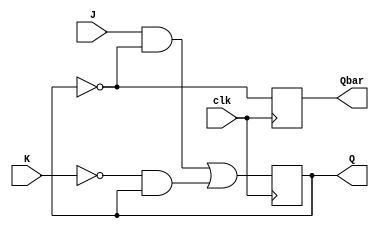
`timescale 1ns / 1ps
//////////////////////////////////////////////////////////////////////////////////
// Company: 
// Engineer: 
// 
// Design Name: 
// Module Name: JK
// Project Name: 
// Target Devices: 
// Tool Versions: 
// Description: 
// 
// Dependencies: 
// 
// Revision:
// Revision 0.01 - File Created
// Additional Comments:
// 
//////////////////////////////////////////////////////////////////////////////////


module JK(
    input J,K,clk,
    output reg Q,Qbar
    );
    
    always @(posedge clk)
    begin
        Q <= J & ~Q | ~K & Q;
        Qbar <= ~Q;
    end
endmodule